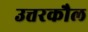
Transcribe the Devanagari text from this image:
उत्तरकौल